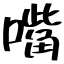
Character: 嘴